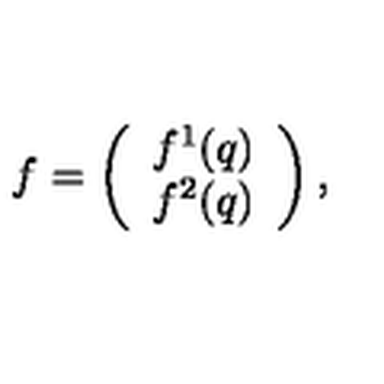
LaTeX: f = \left( \begin{array} { c } { f ^ { 1 } ( q ) } \\ { f ^ { 2 } ( q ) } \\ \end{array} \right) ,